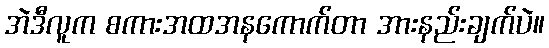
အဲဒီလူက စကားအထအနကောက်တာ အားနည်းချက်ပဲ။